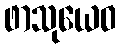
ဖာသုယေဝ